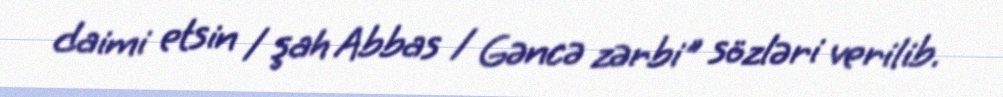
daimi etsin / şah Abbas / Gəncə zərbi" sözləri verilib.